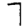
Digit: 7